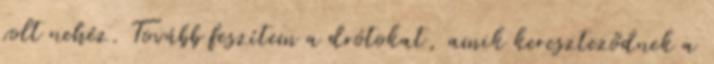
volt nehéz. Tovább feszítem a drótokat, amik kereszteződnek a